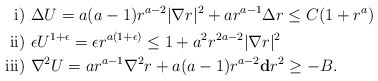
\begin{align*}{\rm i)} & \ \Delta U = a(a-1) r^{a-2} |\nabla r|^2 + a r^{a-1} \Delta r \leq C (1 + r^a) \\{\rm ii)} & \ \epsilon U^{1+\epsilon} = \epsilon r^{a(1+\epsilon)} \leq 1 + a^2 r^{2a-2} |\nabla r|^2 \\{\rm iii)} & \ \nabla^2 U = a r^{a-1} \nabla^2 r + a (a-1) r^{a-2} \mathbf{d}r^2 \geq -B. \end{align*}